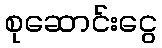
စုဆောင်းငွေ